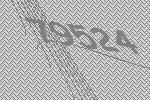
79524